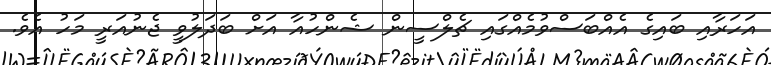
އަހަރާއި ބައިގެ އެއްބަސްވުމެއްގައި ޗެލްސީން ޝެންހުއާ އަށް ބަދަލުވީ ޖެނުއަރީ މަހު އެވެ.